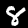
Digit: 8